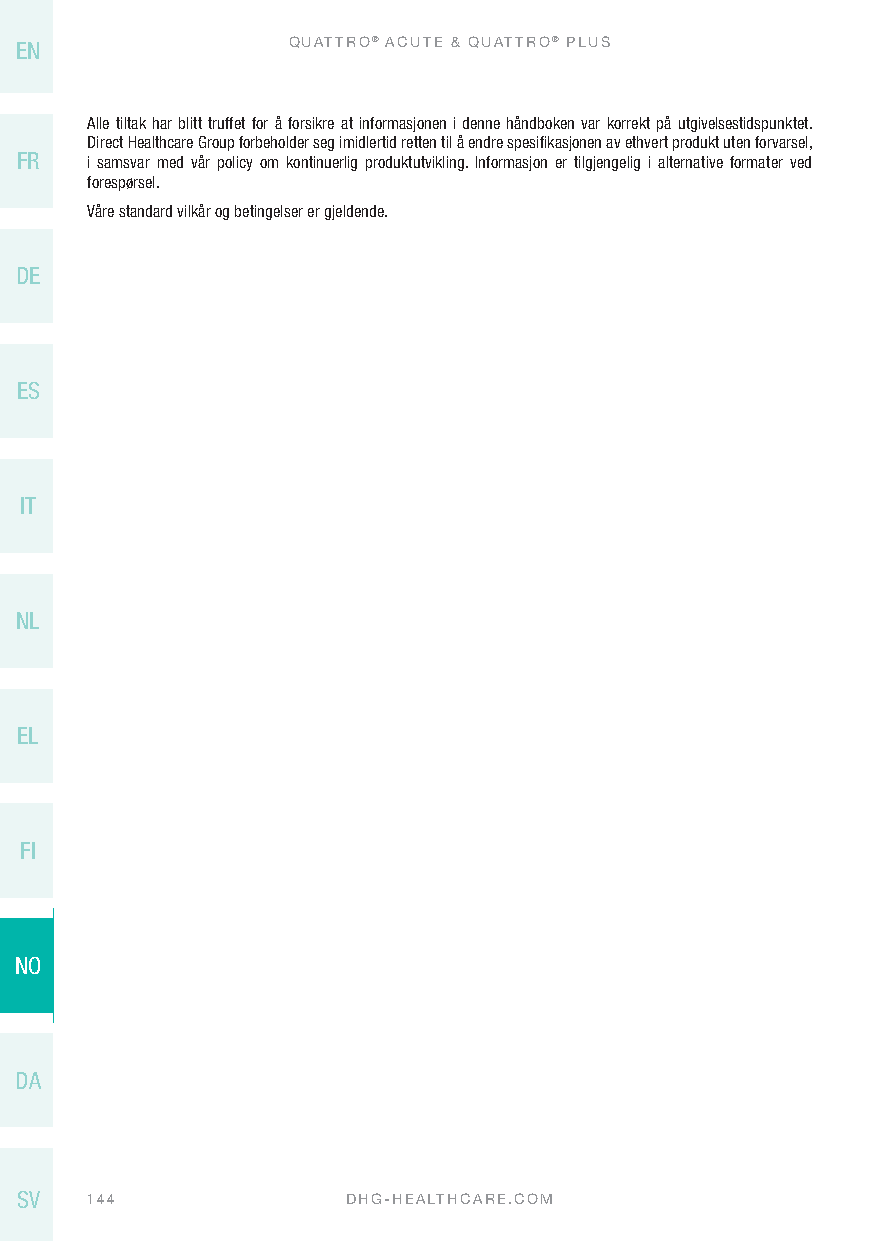
EN                QUATTRO® ACUTE & QUATTRO® PLUS
 Alle tiltak har blitt truffet for å forsikre at informasjonen i denne håndboken var korrekt på utgivelsestidspunktet.
 Direct Healthcare Group forbeholder seg imidlertid retten til å endre spesifikasjonen av ethvert produkt uten forvarsel,
 FR   i samsvar med vår policy om kontinuerlig produktutvikling. Informasjon er tilgjengelig i alternative formater ved
 forespørsel.
 Våre standard vilkår og betingelser er gjeldende.
 DE
 ES
 IT
 NL
 EL
 FI
 NO
 DA
 SV   144              DHG-HEALTHCARE.COM